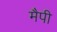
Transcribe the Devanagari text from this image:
मैपी